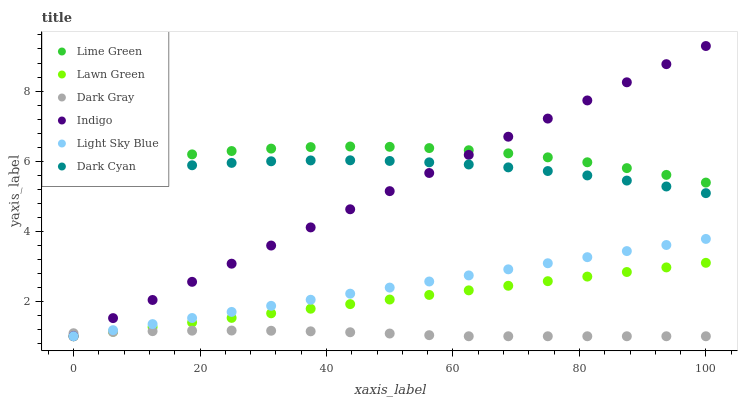
| xaxis_label | Lime Green | Lawn Green | Dark Gray | Indigo | Light Sky Blue | Dark Cyan |
 | --- | --- | --- | --- | --- | --- | --- |
 | 0 | 5.75 | 1 | 1.09 | 1 | 1 | 5.55 |
 | 6.25 | 5.92 | 1.13 | 1.12 | 1.52 | 1.17 | 5.68 |
 | 12.5 | 6.07 | 1.26 | 1.15 | 2.04 | 1.35 | 5.79 |
 | 18.8 | 6.19 | 1.39 | 1.16 | 2.55 | 1.52 | 5.88 |
 | 25 | 6.29 | 1.52 | 1.16 | 3.07 | 1.69 | 5.95 |
 | 31.2 | 6.36 | 1.66 | 1.16 | 3.59 | 1.87 | 5.99 |
 | 37.5 | 6.4 | 1.79 | 1.14 | 4.11 | 2.04 | 6.02 |
 | 43.8 | 6.42 | 1.92 | 1.11 | 4.62 | 2.22 | 6.02 |
 | 50 | 6.41 | 2.05 | 1.08 | 5.14 | 2.39 | 6 |
 | 56.2 | 6.37 | 2.18 | 1.03 | 5.66 | 2.56 | 5.96 |
 | 62.5 | 6.31 | 2.31 | 1 | 6.18 | 2.74 | 5.9 |
 | 68.8 | 6.22 | 2.44 | 1 | 6.7 | 2.91 | 5.82 |
 | 75 | 6.11 | 2.57 | 1 | 7.21 | 3.08 | 5.72 |
 | 81.2 | 5.97 | 2.7 | 1 | 7.73 | 3.26 | 5.59 |
 | 87.5 | 5.8 | 2.83 | 1 | 8.25 | 3.43 | 5.44 |
 | 93.8 | 5.61 | 2.97 | 1 | 8.77 | 3.6 | 5.28 |
 | 100 | 5.39 | 3.1 | 1 | 9.28 | 3.78 | 5.09 |